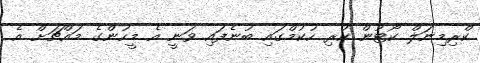
ކްރިމިނަލް ކޯޓުން ކުރި ހުކުމްގައި ބުނެފައި ވަނީ އެ މީހުންގެ މައްޗަށް އެ